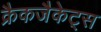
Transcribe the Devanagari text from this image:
क्रैकजैकेट्स